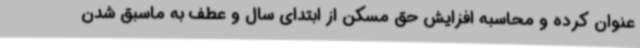
عنوان کرده و محاسبه افزایش حق مسکن از ابتدای سال و عطف به ماسبق شدن